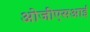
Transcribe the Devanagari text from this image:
ओजीएसआई